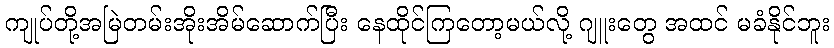
ကျုပ်တို့အမြဲတမ်းအိုးအိမ်ဆောက်ပြီး နေထိုင်ကြတော့မယ်လို့ ဂျူးတွေ အထင် မခံနိုင်ဘူး